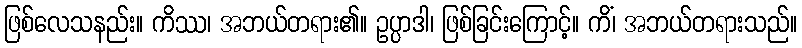
ဖြစ်လေသနည်း။ ကိဿ၊ အဘယ်တရား၏။ ဥပ္ပာဒါ၊ ဖြစ်ခြင်းကြောင့်။ ကိံ၊ အဘယ်တရားသည်။